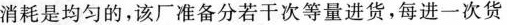
消耗是均匀的，该厂准备分若干次等量进货，每进一次货